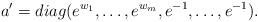
LaTeX: \begin{align*}a'={diag}(e^{w_1},\ldots,e^{w_m},e^{-1},\ldots,e^{-1}).\end{align*}